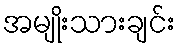
အမျိုးသားချင်း